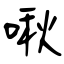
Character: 啾